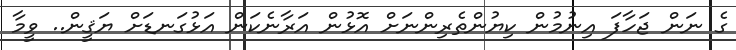
ގެ ނަން ޖަހާފަ އިނުމުން ކިޔުންތެރިންނަށް އޮޅުން އަރާނެކަން އަޅުގަނޑަށް ޔަޤީން.. ވީމާ